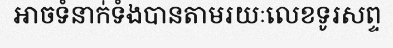
អាចទំនាក់ទំងបានតាមរយៈលេខទូរសព្ទ